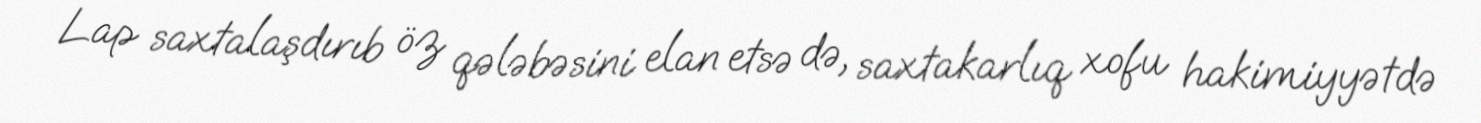
Lap saxtalaşdırıb öz qələbəsini elan etsə də, saxtakarlıq xofu hakimiyyətdə